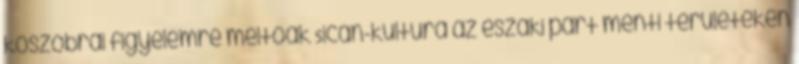
kőszobrai figyelemre méltóak Sicán-kultúra az északi part menti területeken